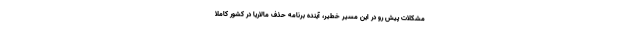
مشکلات پیش رو در این مسیر خطیر، آینده برنامه حذف مالاریا در کشور کاملا